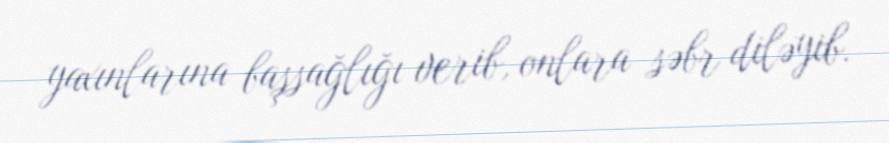
yaxınlarına başsağlığı verib, onlara səbr diləyib.